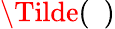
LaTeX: \Tilde{(~~)}